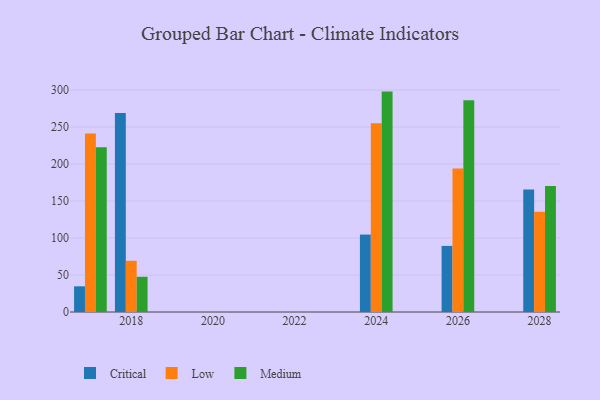
{"axis": {"x": "Year", "y": "Tickets Resolved"}, "legend": ["Critical", "Low", "Medium"], "data": [{"x": "2024", "y": 104.6, "type": "Critical"}, {"x": "2024", "y": 255.1, "type": "Low"}, {"x": "2024", "y": 297.8, "type": "Medium"}, {"x": "2026", "y": 89.3, "type": "Critical"}, {"x": "2026", "y": 193.8, "type": "Low"}, {"x": "2026", "y": 286.0, "type": "Medium"}, {"x": "2017", "y": 34.7, "type": "Critical"}, {"x": "2017", "y": 241.2, "type": "Low"}, {"x": "2017", "y": 222.6, "type": "Medium"}, {"x": "2018", "y": 268.8, "type": "Critical"}, {"x": "2018", "y": 69.2, "type": "Low"}, {"x": "2018", "y": 47.6, "type": "Medium"}, {"x": "2028", "y": 165.5, "type": "Critical"}, {"x": "2028", "y": 135.3, "type": "Low"}, {"x": "2028", "y": 170.3, "type": "Medium"}]}